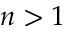
n > 1